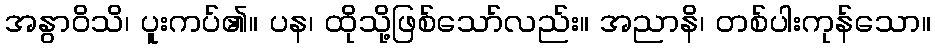
အနွာဝိသိ၊ ပူးကပ်၏။ ပန၊ ထိုသို့ဖြစ်သော်လည်း။ အညာနိ၊ တစ်ပါးကုန်သော။